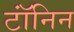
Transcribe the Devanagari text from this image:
टॉंनिन